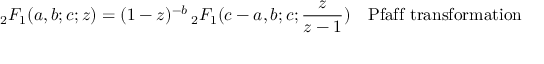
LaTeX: { } _ { 2 } F _ { 1 } ( a , b ; c ; z ) = ( 1 - z ) ^ { - b } \, { } _ { 2 } F _ { 1 } ( c - a , b ; c ; { \frac { z } { z - 1 } } ) \ \ \ { \mathrm { P f a f f ~ t r a n s f o r m a t i o n } }